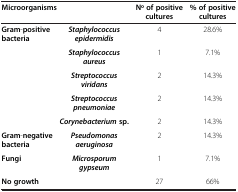
<table><thead><tr><td colspan="2"><b>Microorganisms</b></td><td><b>No of positive cultures</b></td><td><b>% of positive cultures</b></td></tr></thead><tbody><tr><td rowspan="5"><b>Gram</b>-<b>positive bacteria</b></td><td><b><i>Staphylococcus epidermidis</i></b></td><td>4</td><td>28.6%</td></tr><tr><td><b><i>Staphylococcus aureus</i></b></td><td>1</td><td>7.1%</td></tr><tr><td><b><i>Streptococcus viridans</i></b></td><td>2</td><td>14.3%</td></tr><tr><td><b><i>Streptococcus pneumoniae</i></b></td><td>2</td><td>14.3%</td></tr><tr><td><b><i>Corynebacterium </i></b><b>sp.</b></td><td>2</td><td>14.3%</td></tr><tr><td><b>Gram</b>-<b>negative bacteria</b></td><td><b><i>Pseudomonas aeruginosa</i></b></td><td>2</td><td>14.3%</td></tr><tr><td><b>Fungi</b></td><td><b><i>Microsporum gypseum</i></b></td><td>1</td><td>7.1%</td></tr><tr><td colspan="2"><b>No growth</b></td><td>27</td><td>66%</td></tr></tbody></table>